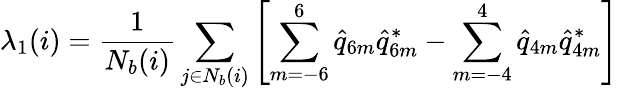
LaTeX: \lambda_{1}(i)=\frac{1}{N_{b}(i)}\sum_{j\in N_{b}(i)}\left[\sum_{m=-6}^{6}\hat{q}_{6m}\hat{q}_{6m}^{*}-\sum_{m=-4}^{4}\hat{q}_{4m}\hat{q}_{4m}^{*}\right]